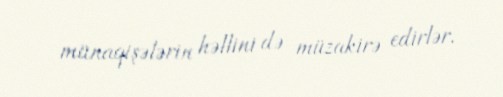
münaqişələrin həllini də müzakirə edirlər.